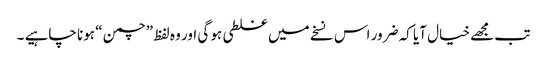
تب مجھے خیال آیا کہ ضرور اس نسخے میں غلطی ہو گی اور وہ لفظ ”چمن “ ہونا چاہیے ۔